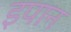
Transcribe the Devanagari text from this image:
इपान